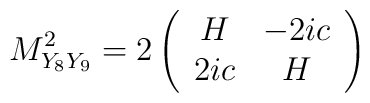
M^2_{Y_8Y_9}=2\left(\begin{array}{cc}H&  -2 ic\\ 2 ic & H\end{array}\right)